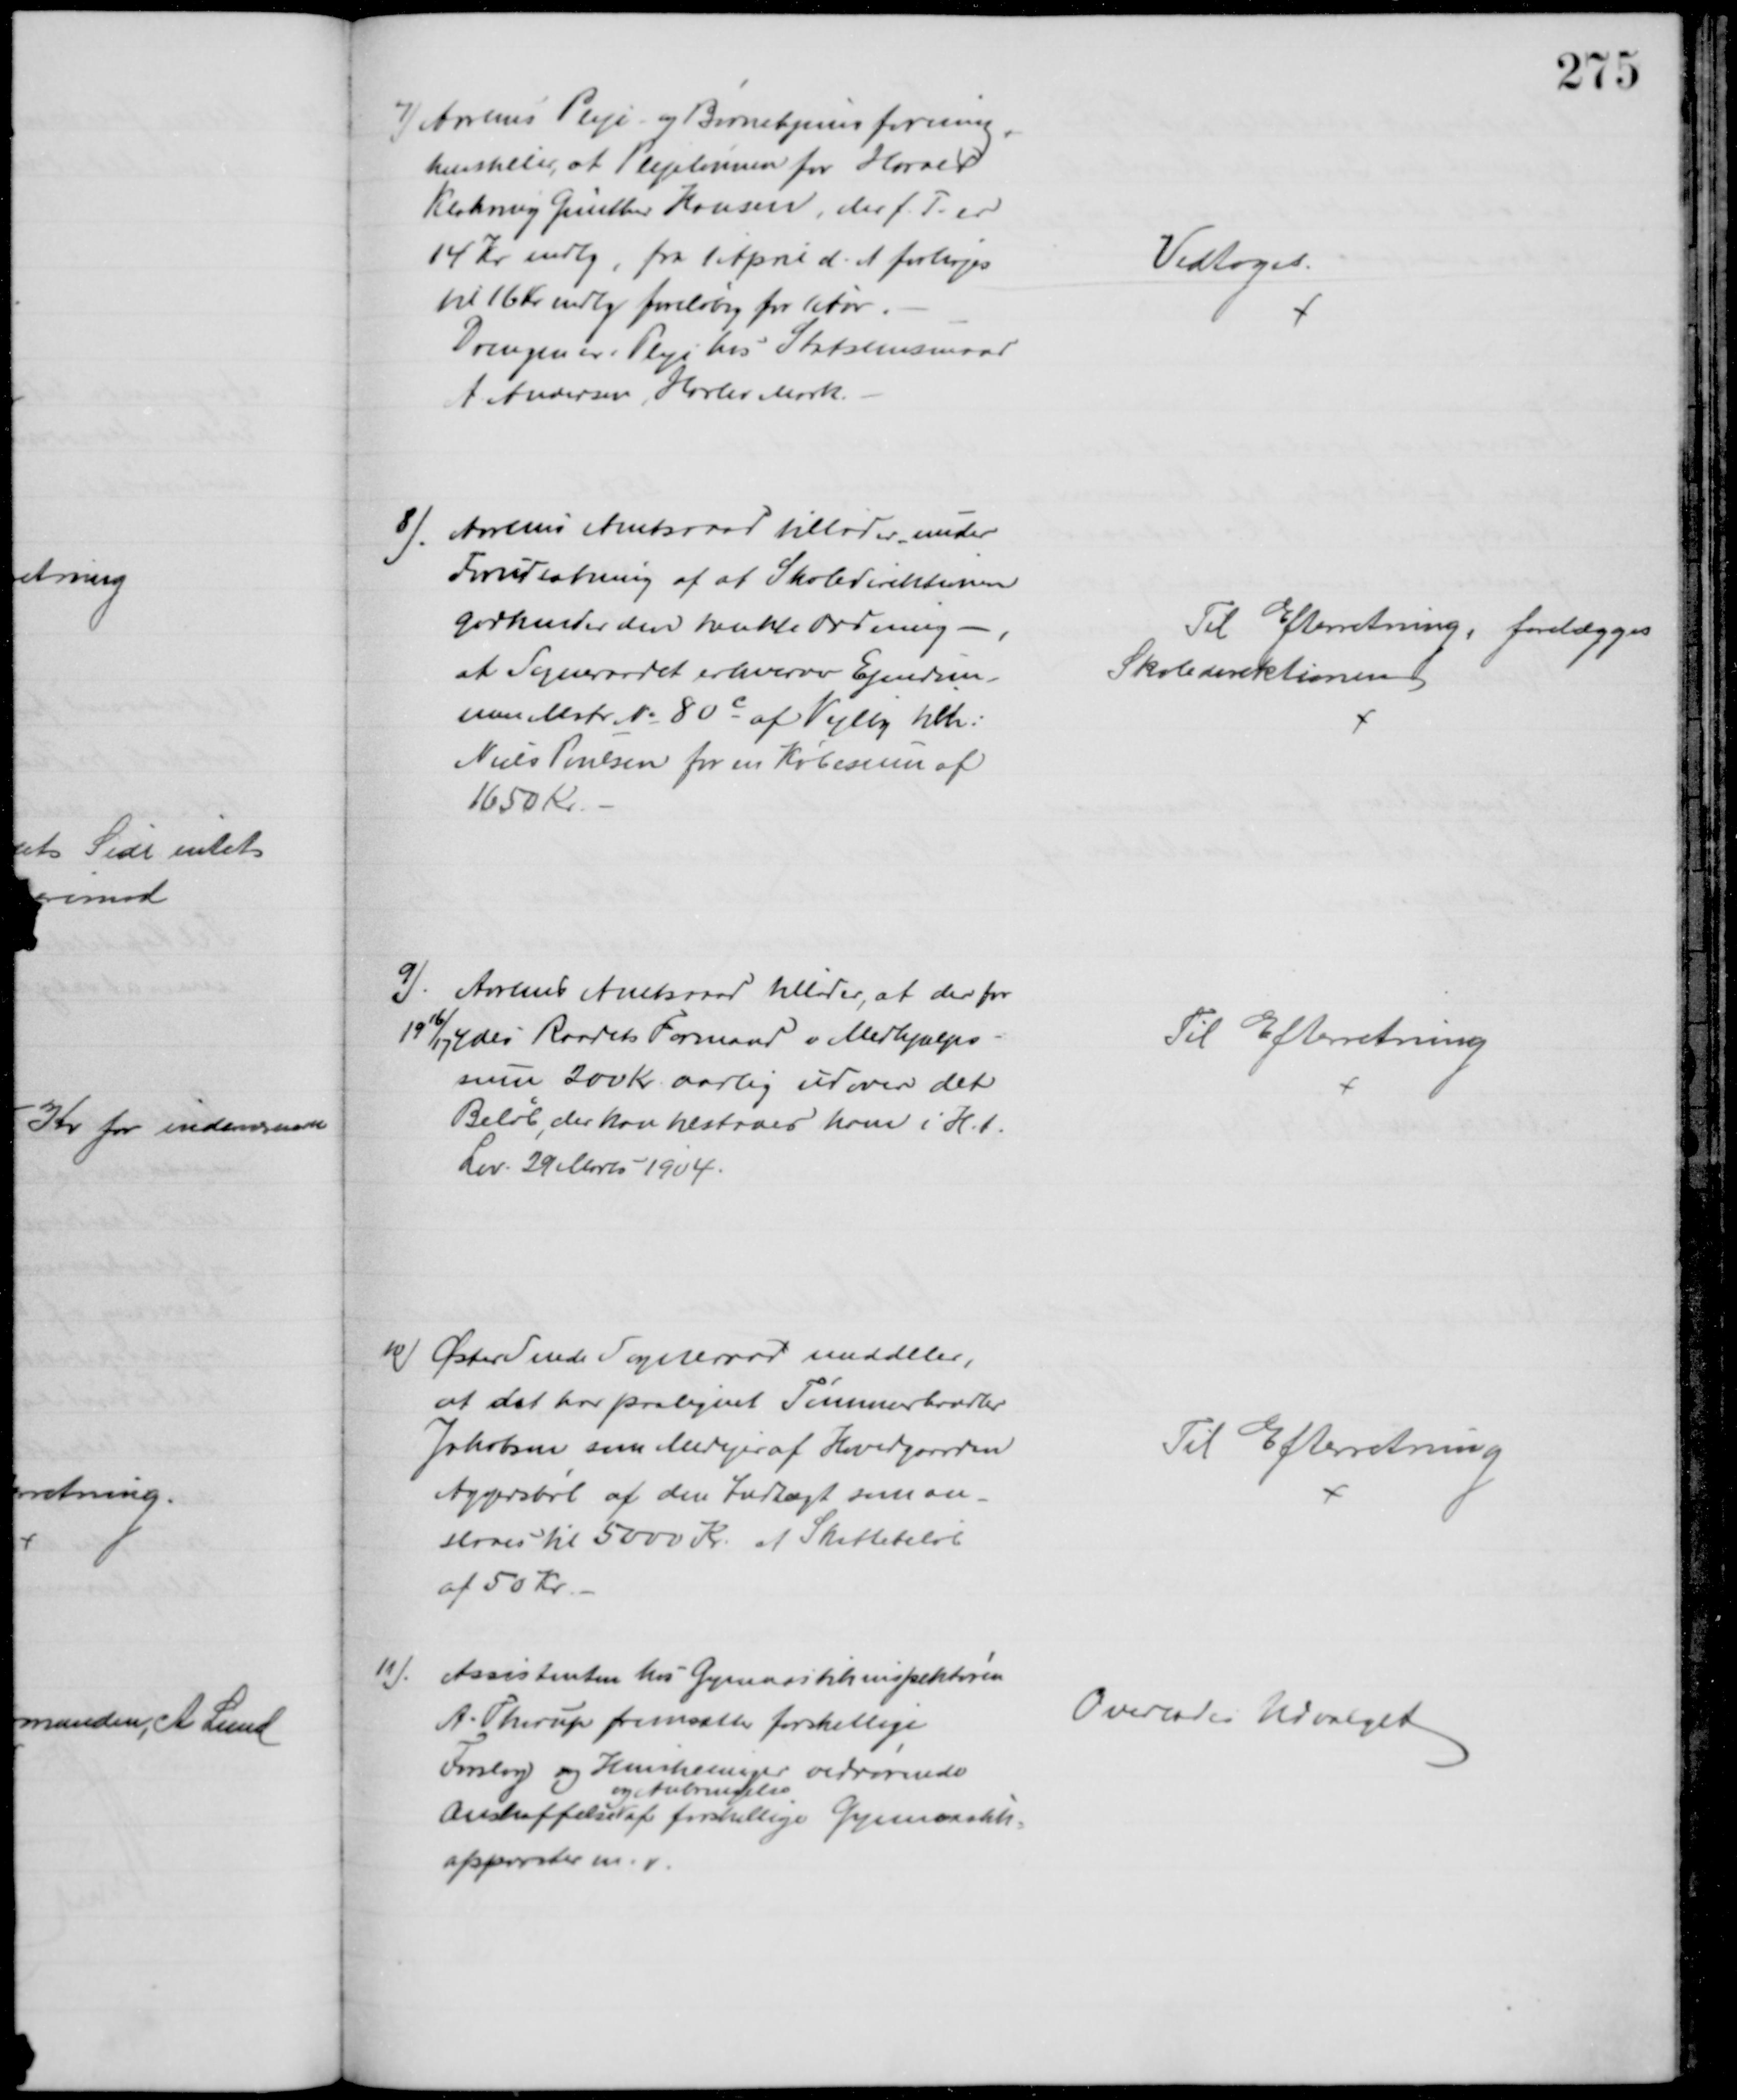
Transskription:
7) Aarhus Pleje og Børnehjemsforening,
henstiller, at Plejelønnen for Harald
Klakring Günther Hansen, der f. T. er
14 Kr mdlg, fra 1 April d. A. forhøjes
til 16 Kr mdlg foreløbig for 1 Aar.
Drengen er i Pleje hos Statsemsmand
A. Andersen, Harlev Mark.
Vedtoges.
8). Aarhus Amtsraad tillader under
Forudsætning af at Skoledirektionen
godkender den nævnte Ordning
at Sogneraadet erhverver Ejendom-
men Matr. № 80c af Vejlby tilh:
Niels Poulsen for en Købesum af
1650 Kr.
Til Efterretning, forelægges
Skoledirektionen
9). Aarhus Amtsraad tillader, at der for
1916/17 ydes Raadets Formand i Medhjælps-
sum 200 Kr. aarlig udover det
Beløb, der kan tilstaaes ham i H.t.
Lev. 29 Marts 1904.
Til Efterretning
10) Øster Snede Sogneraad meddeler,
at det har paalignet Tømmerhandler
Jakobsen som Medejer af Hovedgaarden
Aggersbøl af den Indtægt som an-
slaaes til 5000 Kr. et Skattebeløb
af 50 Kr
Til Efterretning
11)
Assistenten hos Gymnastikinspektøren
A. Thorup fremsætter forskellige
Forslag og Henstillinger vedrørende
Anskaffelse 
og Anbringelse
af forskellige Gymnastik-
apparater m. v.
Overlades Udvalget